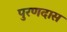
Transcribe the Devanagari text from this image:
पुरणदास